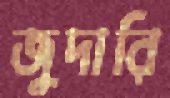
জুদারি